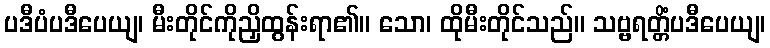
ပဒီပံပဒီပေယျ၊ မီးတိုင်ကိုညှိထွန်းရာ၏။ သော၊ ထိုမီးတိုင်သည်။ သဗ္ဗရတ္တိံပဒီပေယျ၊